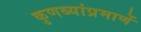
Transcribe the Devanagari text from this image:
कुणब्यांप्रमाणें